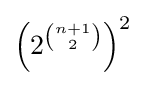
\left(2^{n+1 \choose 2}\right)^{2}